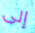
إلى